Report on the lunatic asylums under the Government of Bombay - 1904-1913
Year: 1904
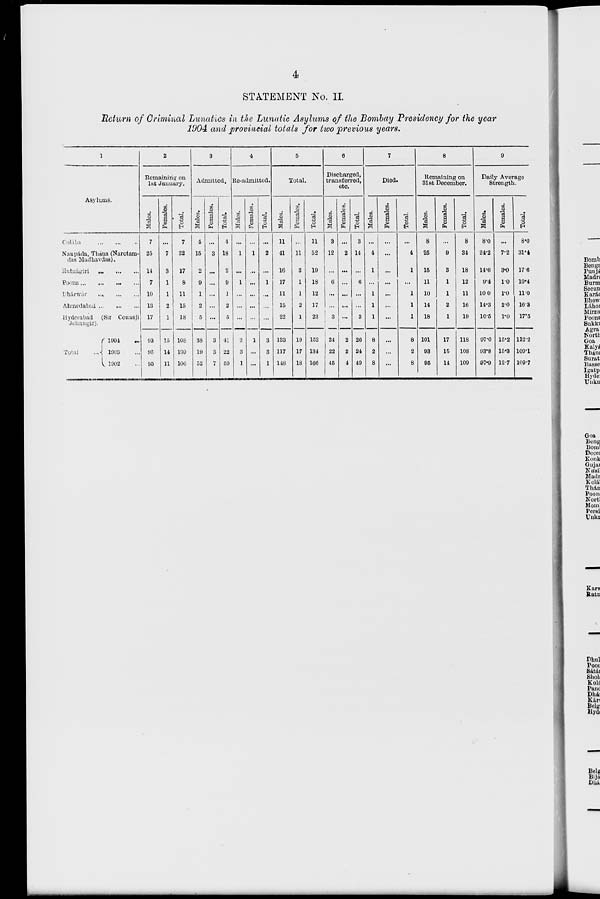
4
STATEMENT No. II.
Return of Criminal Lunatics in the Lunatic Asylums of the Bombay Presidency for the year
1904 and provincial totals for two previous years.
1
Asylums.
Colába ... ... ...
Naupáda, Thána (Narotamdas Madhavdas).
Ratnágiri ... ... ...
Poona ... ... ... ...
Dhárwar ... ... ...
Ahmedabad ... ... ...
Hyderabad (Sir Cowasji
Jehangir).
Total ...
1904 ...
1903 ...
1902 ...
2
Remaining on
1st January.
Males.
7
25
14
7
10
13
17
93
95
95
Females.
...
7
3
1
1
2
1
15
14
11
Total.
7
32
17
8
11
15
18
108
109
106
3
Admitted.
Males.
4
15
2
9
1
2
5
38
19
52
Females.
...
3
...
...
...
...
...
3
3
7
Total.
4
18
2
9
1
2
5
41
22
59
4
Re-admitted.
Males.
...
1
...
1
...
...
...
2
3
1
Females.
...
1
...
...
...
...
...
1
...
...
Total.
...
2
...
1
...
...
...
3
3
1
5
Total.
Males.
11
41
16
17
11
15
22
133
117
148
Females.
...
11
3
1
1
2
1
19
17
18
Total.
11
52
19
18
12
17
23
152
134
166
6
Discharged,
transferred,
etc.
Males.
3
12
...
6
...
...
3
24
22
45
Females.
...
2
...
...
...
...
...
2
2
4
Total.
3
14
...
6
...
...
3
26
24
49
7
Died.
Males.
...
4
1
...
1
1
1
8
2
8
Females.
...
...
...
...
...
...
...
...
...
...
Total.
...
4
1
...
1
1
1
8
2
8
8
Remaining on
31st December.
Males.
8
25
15
11
10
14
18
101
93
95
Females.
...
9
3
1
1
2
1
17
15
14
Total.
8
34
18
12
11
16
19
118
108
109
9
Daily Average
Strength.
Males.
8.0
24.2
14.6
9.4
10.0
14.3
16.5
97.0
93.8
97.9
Females.
...
7.2
3.0
1.0
1.0
2.0
1.0
15.2
15.3
12.7
Total.
8.0
31.4
17.6
10.4
11.0
16.3
17.5
112.2
109.1
109.7